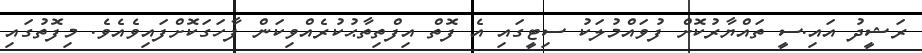
ރަޝީދު އައި.ސީ ތައްޔާރުކޮށް ފުވައްމުލަކު ސިޓީގައި އެ ފޮތް އިފްތިތާޙުކުރެއްވިކަން ފާހަގަކޮށްފައިވެއެވެ. މިފޮތުގައި